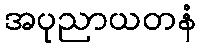
အပုညာယတနံ